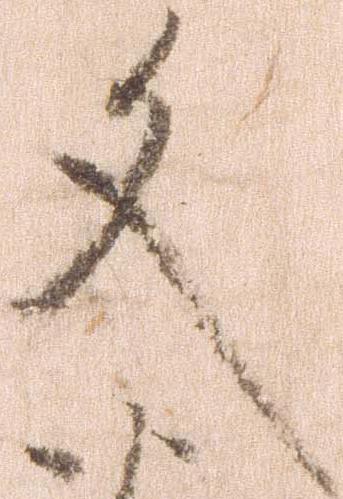
文